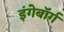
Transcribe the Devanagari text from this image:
इंगेबॉर्ग